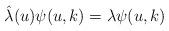
LaTeX: \begin{align*}\hat{\lambda}(u) \psi(u, k) = \lambda \psi(u, k) \end{align*}